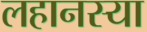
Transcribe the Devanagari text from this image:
लहानस्या